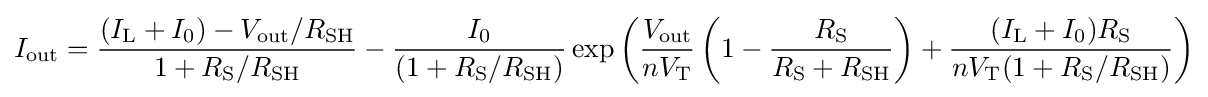
I_{\text{out}}={\frac {(I_{\text{L}}+I_{0})-V_{\text{out}}/R_{\text{SH}}}{1+R_{\text{S}}/R_{\text{SH}}}}-{\frac {I_{0}}{(1+R_{\text{S}}/R_{\text{SH}})}}\exp \left({\frac {V_{\text{out}}}{nV_{\text{T}}}}\left(1-{\frac {R_{\text{S}}}{R_{\text{S}}+R_{\text{SH}}}}\right)+{\frac {(I_{\text{L}}+I_{0})R_{\text{S}}}{nV_{\text{T}}(1+R_{\text{S}}/R_{\text{SH}})}}\right)